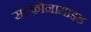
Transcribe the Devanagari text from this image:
सल्फ़ोनामाइड